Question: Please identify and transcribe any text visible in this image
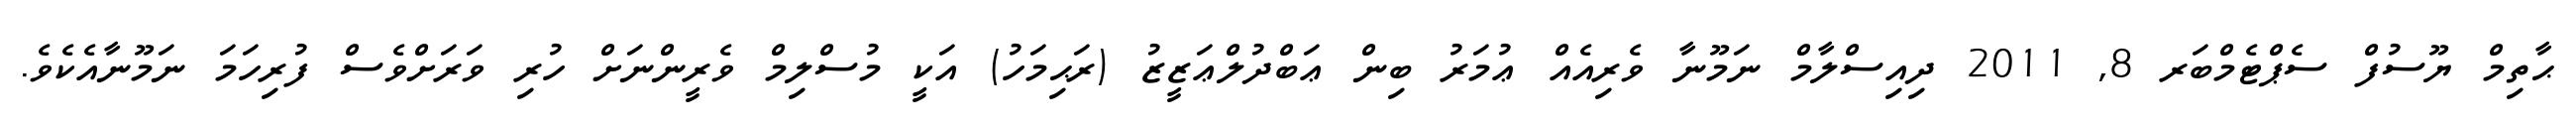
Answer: ޙާތިމް ޔޫސުފް ސެޕްޓެމްބަރ 8, 2011 ދިއިސްލާމް ނަމޫނާ ވެރިއެއް ޢުމަރު ބިން ޢަބްދުލްޢަޒީޒު (ރަޙިމަހު) އަކީ މުސްލިމް ވެރީންނަށް ހުރި ވަރަށްވެސް ފުރިހަމަ ނަމޫނާއެކެވެ.